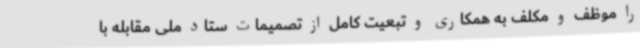
را موظف و مکلف به همکاری و تبعیت کامل از تصمیمات ستاد ملی مقابله با